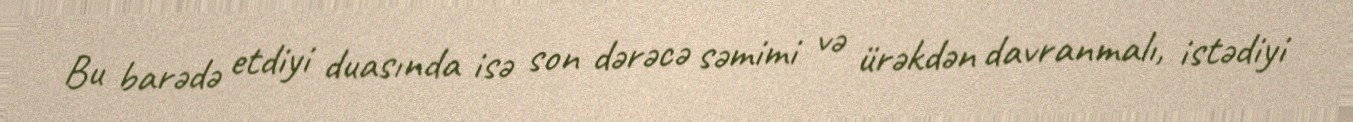
Bu barədə etdiyi duasında isə son dərəcə səmimi və ürəkdən davranmalı, istədiyi